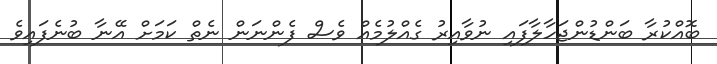
ބޮއްކުރާ ބަންޑުންޖަހާލާފައި ނުވާއިރު ގެއްލުމެއް ވެސް ފެންނަން ނެތް ކަމަށް އޭނާ ބުނެފައިވެ